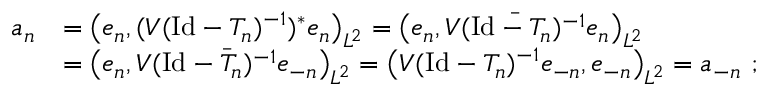
\begin{array} { r l } { a _ { n } } & { = \big ( e _ { n } , ( V ( \mathrm { I d } - T _ { n } ) ^ { - 1 } ) ^ { * } e _ { n } \big ) _ { L ^ { 2 } } = \big ( e _ { n } , \bar { V ( \mathrm { I d } - T _ { n } ) ^ { - 1 } } e _ { n } \big ) _ { L ^ { 2 } } } \\ & { = \big ( e _ { n } , \bar { V ( \mathrm { I d } - T _ { n } ) ^ { - 1 } e _ { - n } } \big ) _ { L ^ { 2 } } = \big ( V ( \mathrm { I d } - T _ { n } ) ^ { - 1 } e _ { - n } , e _ { - n } \big ) _ { L ^ { 2 } } = a _ { - n } \ ; } \end{array}